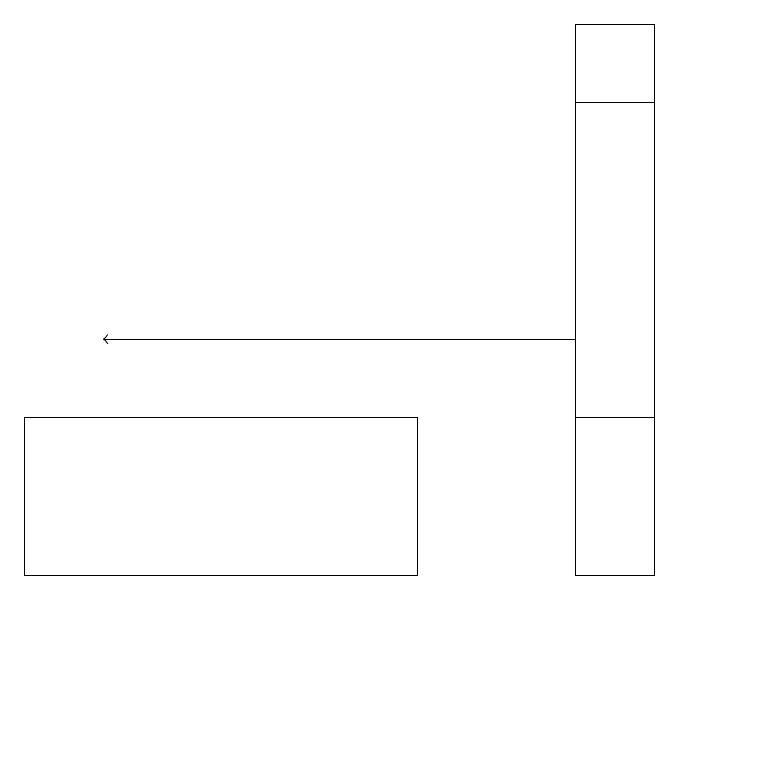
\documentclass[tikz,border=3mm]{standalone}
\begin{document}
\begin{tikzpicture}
\draw (9,18) rectangle (8,14);
\draw (10,10) circle (0);
\draw (1,12) rectangle (6,14);
\draw (8,19) rectangle (9,12);
\draw[->] (8,15) -- (2,15);
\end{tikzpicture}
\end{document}